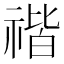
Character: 𥚺